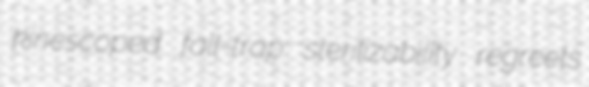
kinescoped fall-trap sterilizability regreets